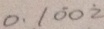
0 . 1 \dot { 0 } 0 \dot { 2 }